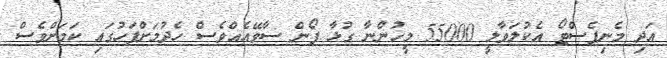
އަދި މެނިފެސްޓޯ އެކުލަވާލީ 55000 މީހުންނާ ގުޅާ ފޯން ސާވޭއެއްވެސް ހެދުމަށްފަހުގައި ކަމަށްވެސް